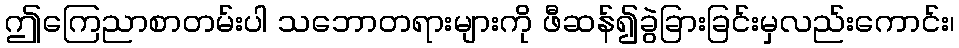
ဤကြေညာစာတမ်းပါ သဘောတရားများကို ဖီဆန်၍ခွဲခြားခြင်းမှလည်းကောင်း၊